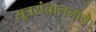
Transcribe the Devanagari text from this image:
सूत्रसंचालनाचे